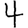
Digit: 4